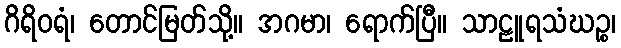
ဂိရိဝရံ၊ တောင်မြတ်သို့။ အဂမာ၊ ရောက်ပြီ။ သာဠူရသံဃဉ္စ၊